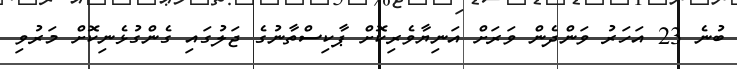
ބުނެ 23 އަހަރު ވަންދެން ވަރަށް އަނިޔާވެރިކޮށް ޕާކިސްތާނުގެ ޖަލުގައި ގެންގުޅެނިކޮށް މަރުވި